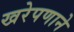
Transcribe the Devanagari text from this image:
खरेपणाने